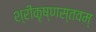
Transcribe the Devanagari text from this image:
श्रीकृष्णस्तवम्